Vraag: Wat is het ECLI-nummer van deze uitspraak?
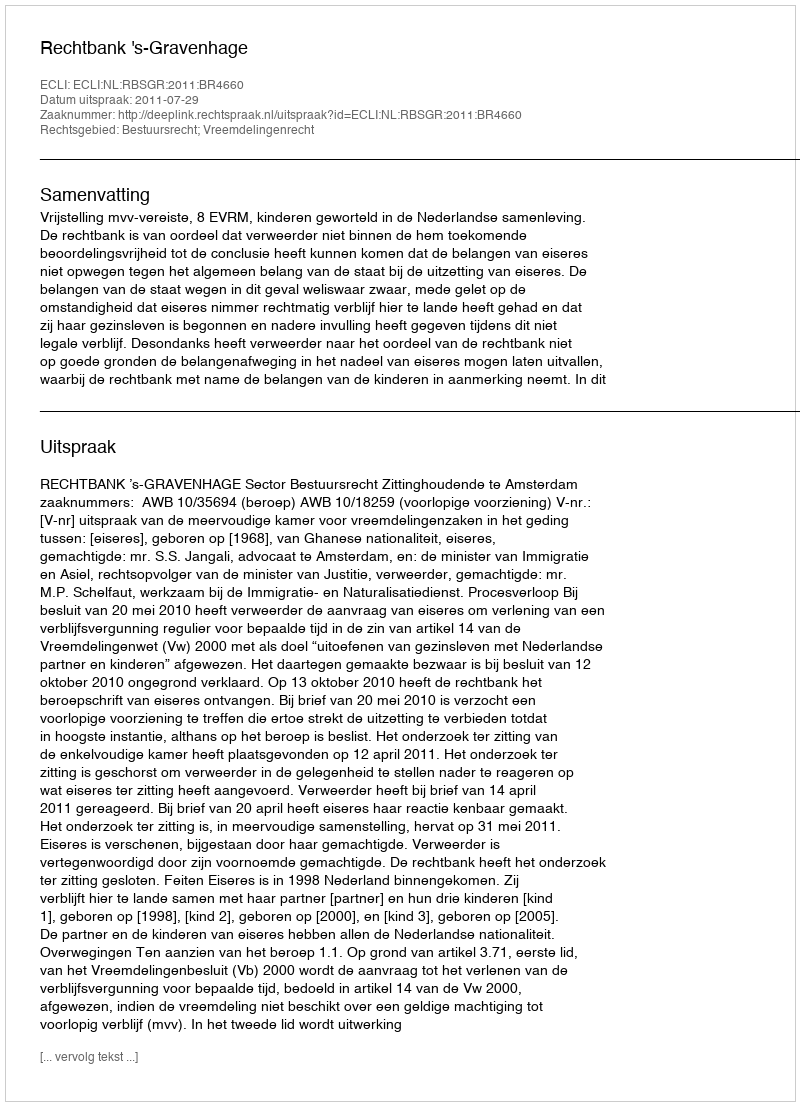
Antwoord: ECLI:NL:RBSGR:2011:BR4660